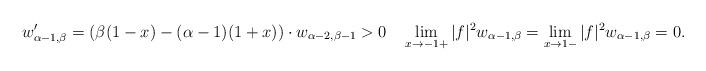
LaTeX: \begin{align*} w_{\alpha-1,\beta}'=\left(\beta(1-x)-(\alpha-1)(1+x)\right)\cdot w_{\alpha-2,\beta-1} >0 \quad \lim_{x\to-1+} |f|^2 w_{\alpha-1,\beta} =\lim_{x\to1-} |f|^2 w_{\alpha-1,\beta}=0. \end{align*}